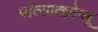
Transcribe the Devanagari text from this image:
पात्सात्झोग्लू